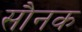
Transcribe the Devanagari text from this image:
सौनक